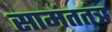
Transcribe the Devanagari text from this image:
सामंततंत्र